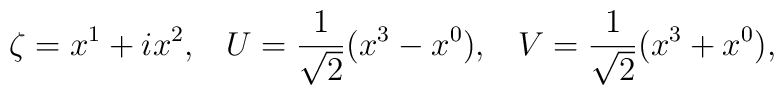
\zeta=x^1+ix^2,\;\;\;{U}=\frac{1}{\sqrt{2}}(x^3-x^0),\;\;\;{V}=\frac{1}{\sqrt{2}}(x^3+x^0),